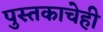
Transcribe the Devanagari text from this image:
पुस्तकाचेही